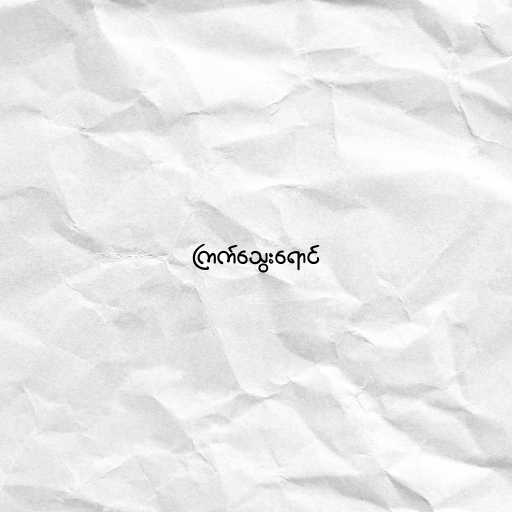
ကြက်သွေးရောင်